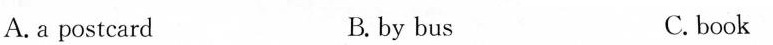
A.a postcard B.by bus C.book